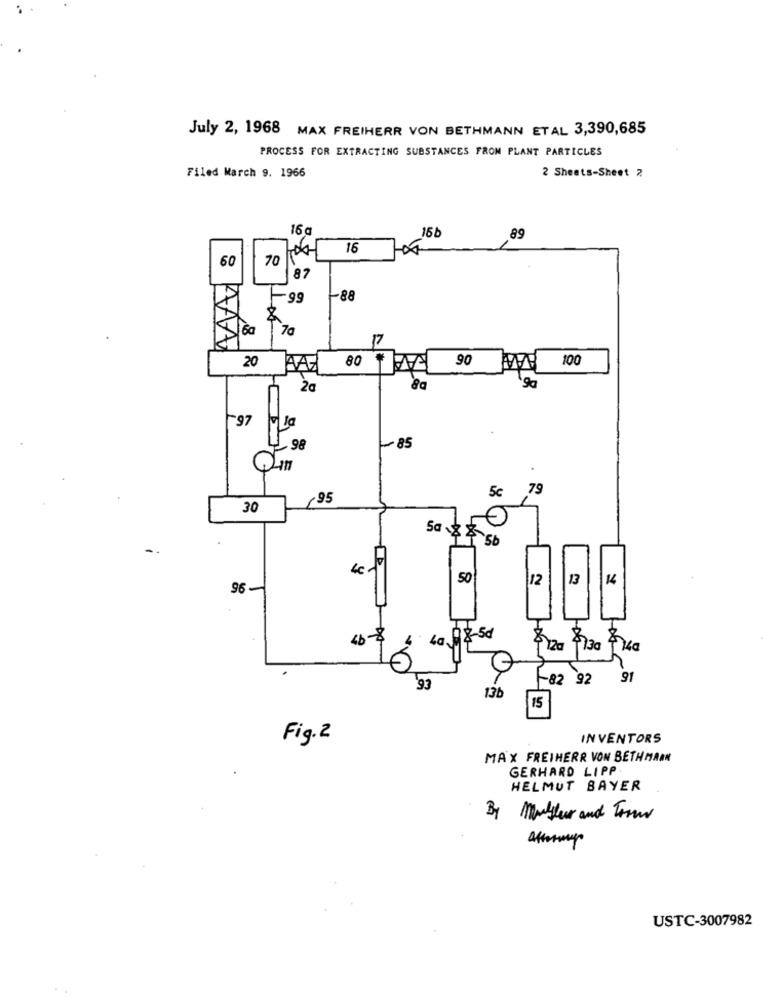
July 2, 1968
MAX FREIHERR VON BETHMANN ETAL 3,390,685
PROCESS FOR EXTRACTING SUBSTANCES FROM PLANT PARTICLES
2 Sheets-Sheet ?
Filed March 9. 1966
16g
15b
89
16
60
70
87
-99
-88
8
6a
`70
17
AA
20
80
90
100
AAZ
97
La
98
- 85
5c
79
95
30
Sa &
4€.
50
12
13
96-
46$
La,
08-5d
$120
$730
-82
92
91
93
13b
15
Fig. 2
INVENTORS
MAX FREIHERR VON BETH MANN
GERHARD LIPP
HELMUT BAYER
By Mother and From
USTC-3007982